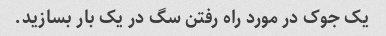
یک جوک در مورد راه رفتن سگ در یک بار بسازید.